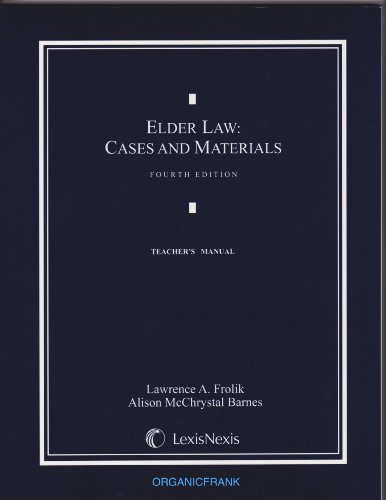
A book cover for Elder Law: Cases and Materials Teacher's Manual; Lawrence A. Frolik; Law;